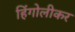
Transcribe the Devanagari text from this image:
हिंगोलीकर